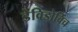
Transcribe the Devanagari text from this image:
डेविडोविच